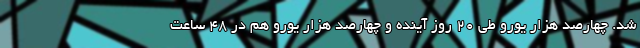
شد. چهارصد هزار یورو طی 20 روز آینده و چهارصد هزار یورو هم در 48 ساعت